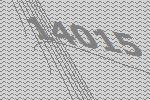
14015